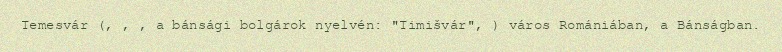
Temesvár (, , , a bánsági bolgárok nyelvén: "Timišvár", ) város Romániában, a Bánságban.